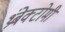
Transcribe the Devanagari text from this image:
थ्रंबेक्टोमी